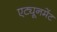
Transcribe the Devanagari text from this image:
एट्यूनमेंट